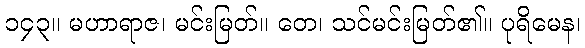
၁၄၃။ မဟာရာဇ၊ မင်းမြတ်။ တေ၊ သင်မင်းမြတ်၏။ ပုရိမေန၊